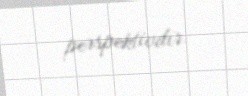
perspektivdir.